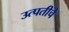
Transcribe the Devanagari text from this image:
उत्पतीचे